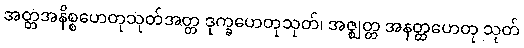
အတ္တအနိစ္စဟေတုသုတ်အတ္တ ဒုက္ခဟေတုသုတ်၊ အဇ္ဈတ္တ အနတ္ထဟေတု သုတ်